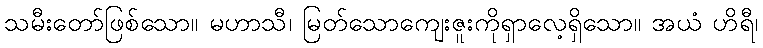
သမီးတော်ဖြစ်သော။ မဟာသီ၊ မြတ်သောကျေးဇူးကိုရှာလေ့ရှိသော။ အယံ ဟိရီ၊